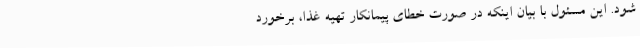
شود. این مسئول با بیان اینکه در صورت خطای پیمانکار تهیه غذا، برخورد